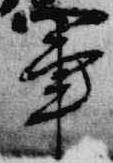
軍